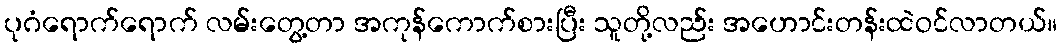
ပုဂံရောက်ရောက် လမ်းတွေ့တာ အကုန်ကောက်စားပြီး သူတို့လည်း အဟောင်းတန်းထဲဝင်လာတယ်။